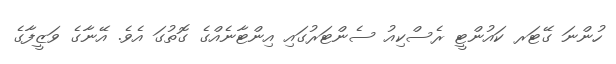
ހުންނަ ގޭޓަރ ކައުންޓީ ރެސްކިއު ސެންޓަރުގައި އިންޓާނެއްގެ ގޮތުގަ އެވެ. އޭނާގެ ވަޒީފާގެ